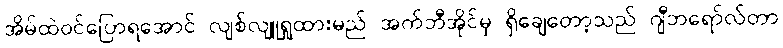
အိမ်ထဲဝင်ပြောရအောင် လျစ်လျူရှုထားမည် အက်ဘီအိုင်မှ ရှိချေတော့သည် ဂျီဘရော်လ်တာ